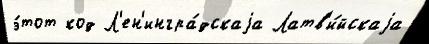
э́тот код Л'ен'ингра́дскаjа Латв'и́йскаjа